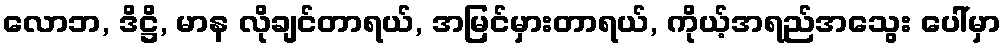
လောဘ, ဒိဋ္ဌိ, မာန လိုချင်တာရယ်, အမြင်မှားတာရယ်, ကိုယ့်အရည်အသွေး ပေါ်မှာ